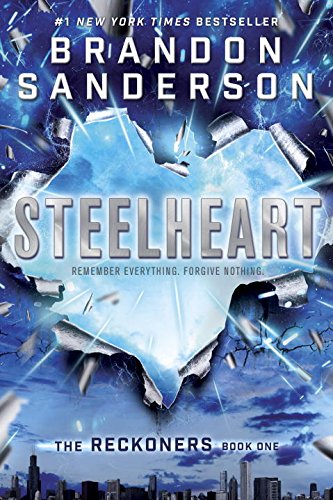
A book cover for Steelheart (The Reckoners); Brandon Sanderson; Teen & Young Adult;